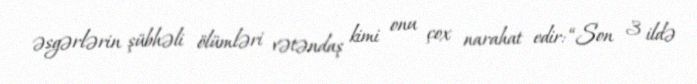
əsgərlərin şübhəli ölümləri vətəndaş kimi onu çox narahat edir: “Son 3 ildə